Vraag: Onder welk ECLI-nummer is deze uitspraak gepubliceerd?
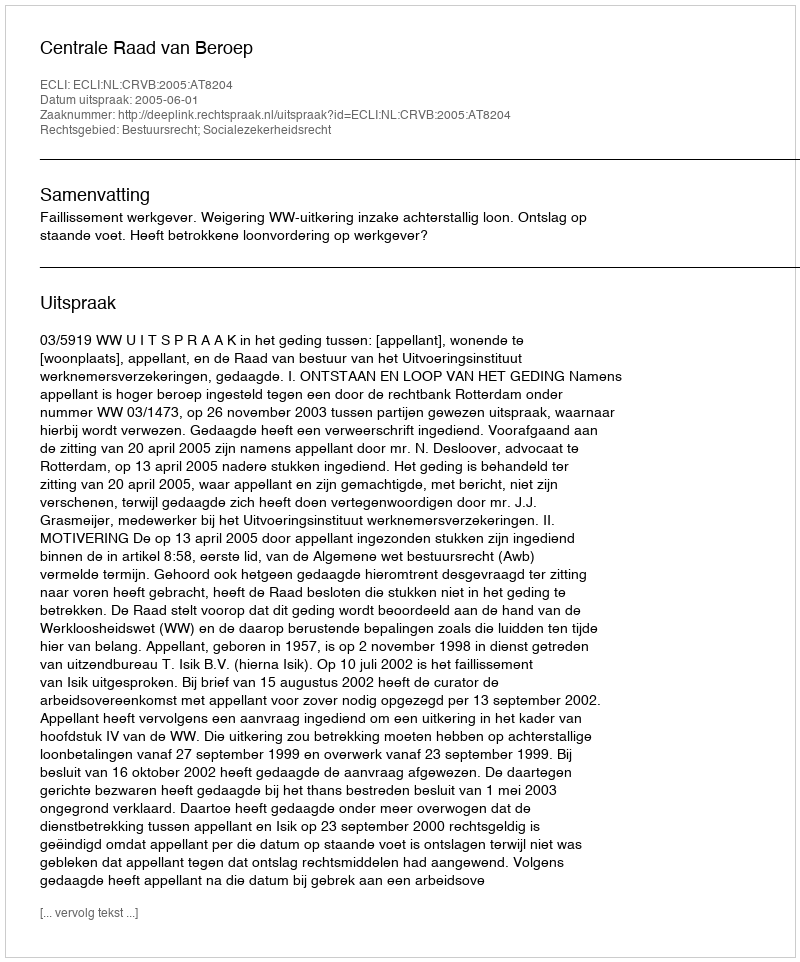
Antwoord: ECLI:NL:CRVB:2005:AT8204